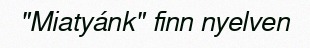
"Miatyánk" finn nyelven